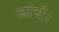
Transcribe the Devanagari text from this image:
जांचें।